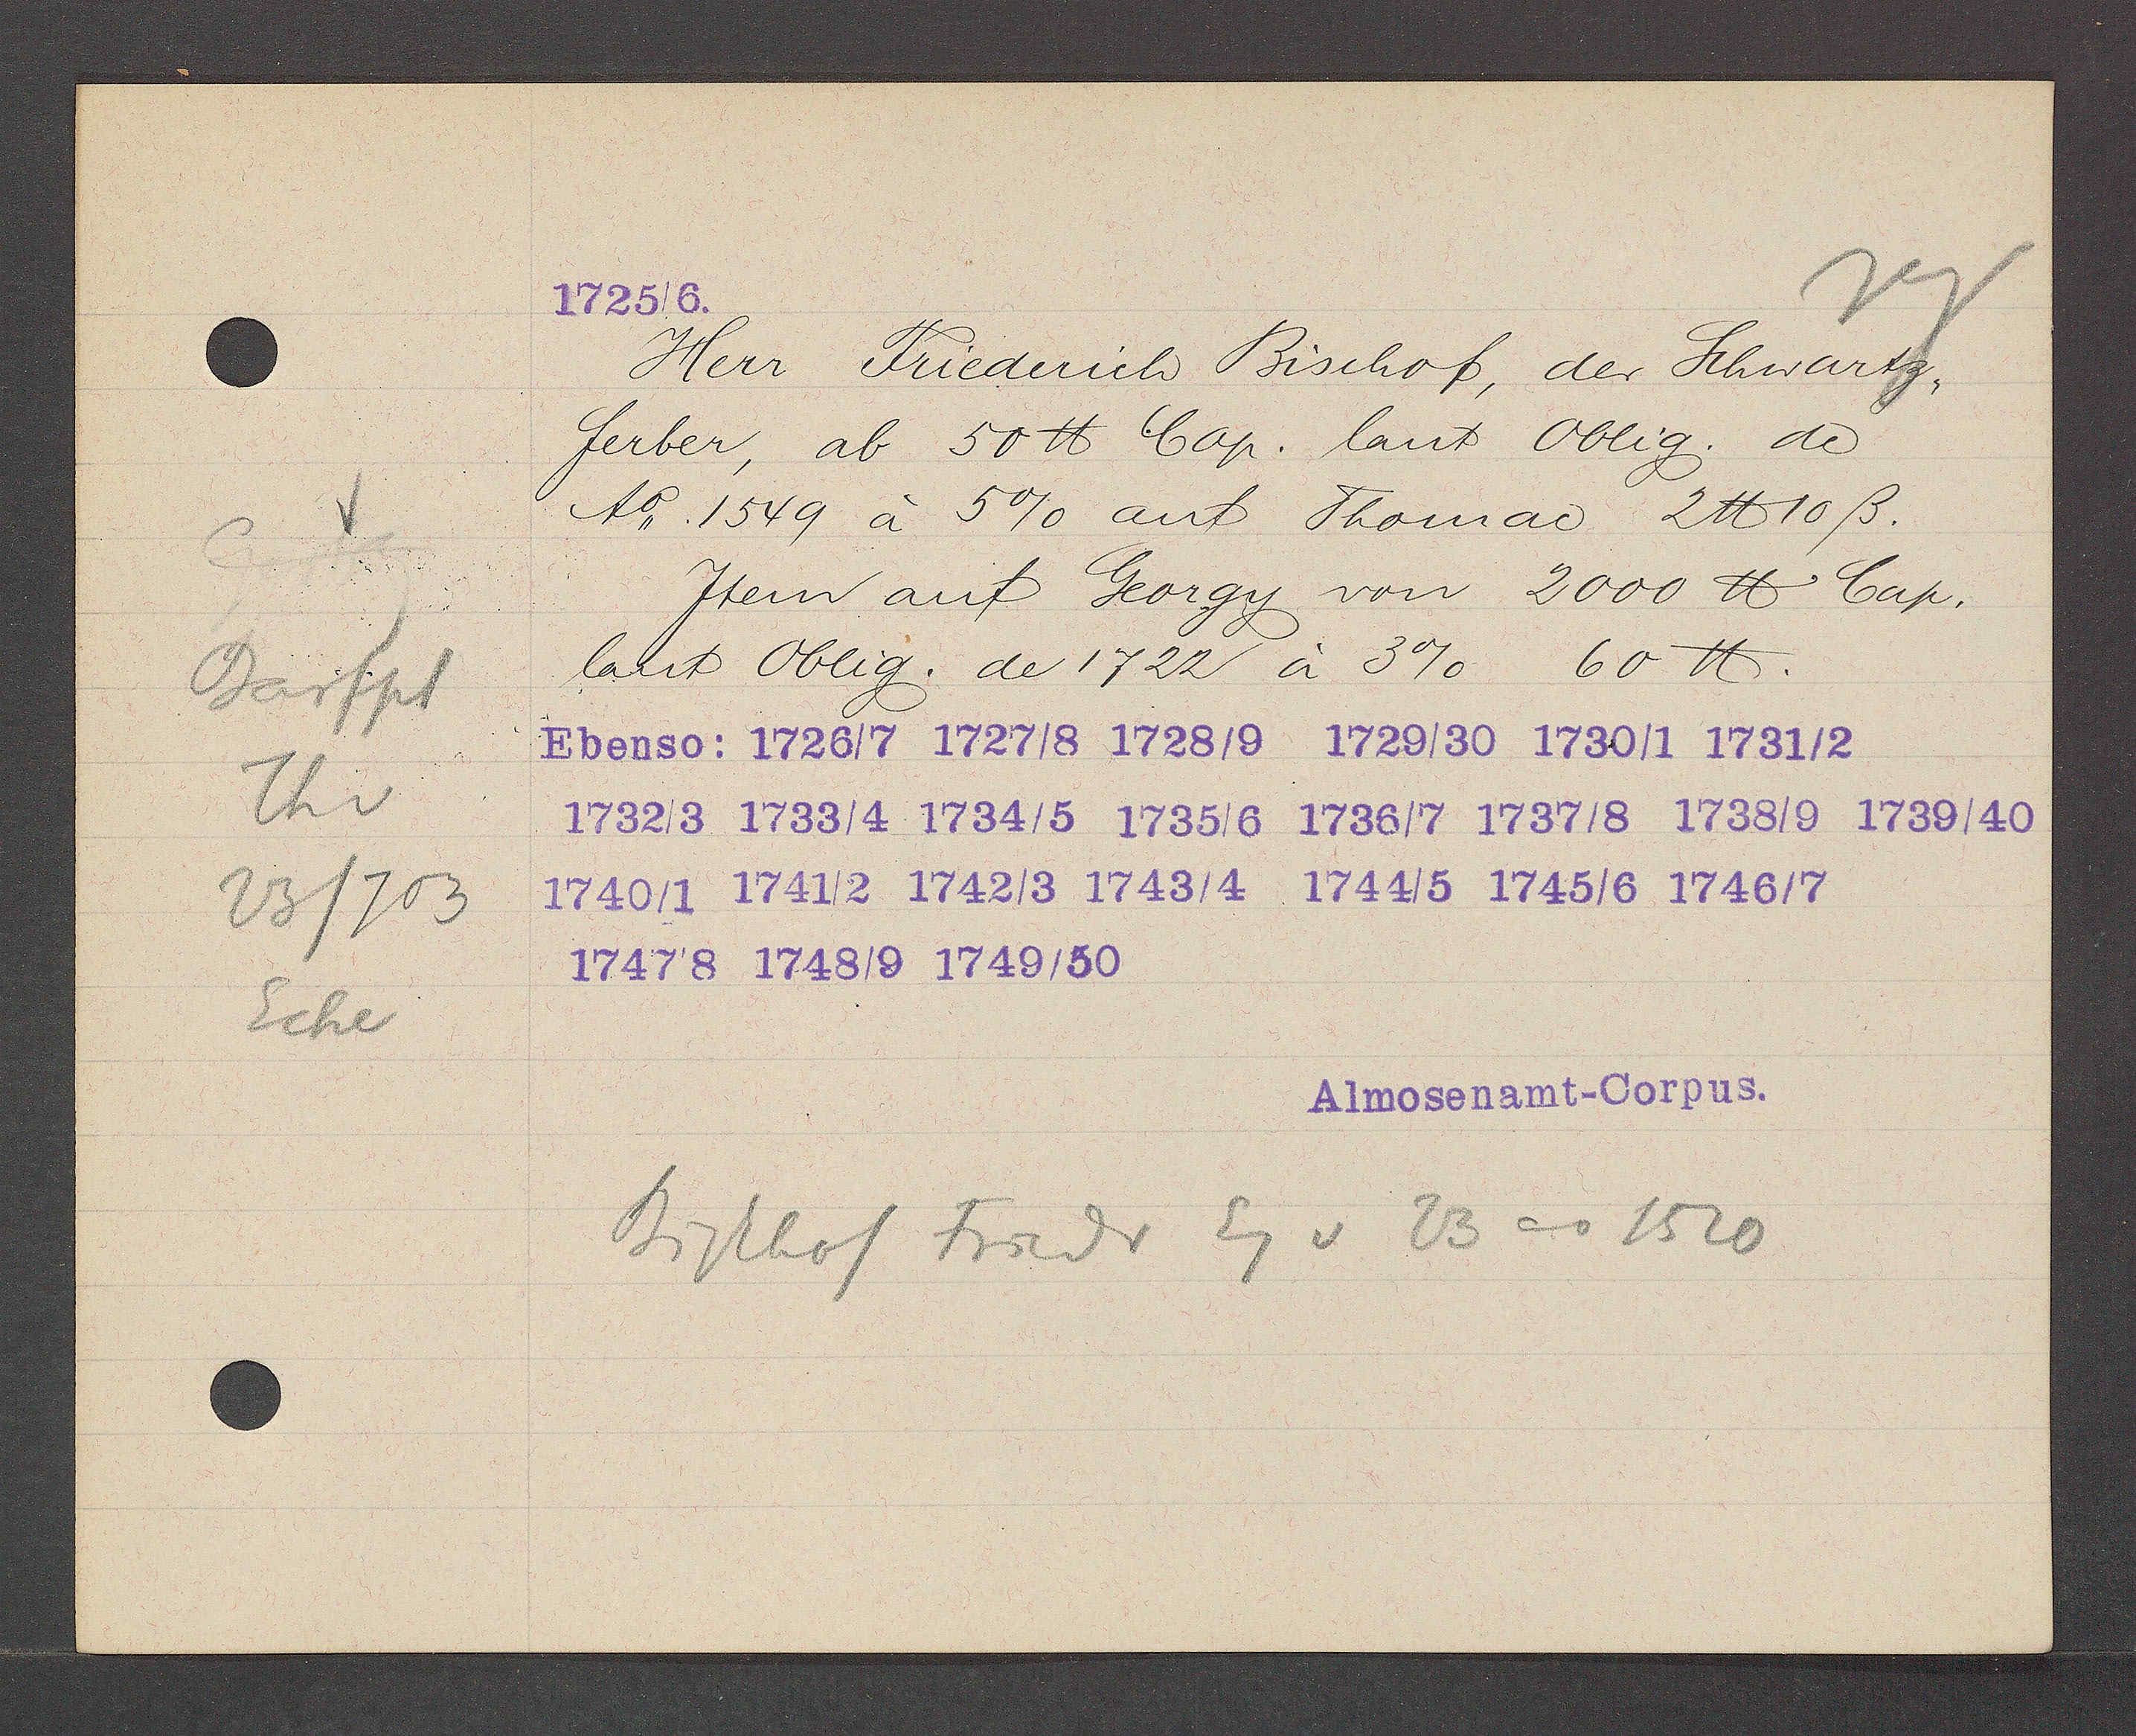
Transcript:
Barfpl
Th v
23/703
Ecke

1725/6.

Herr Friederich Bischof, der Schwartz,
ferber, ab 50 ℔ Cop. laut Oblig, de
Ao 1549 à 5% auf Thomac 2 ℔ 10 ß.
Item auf Georgy von 2000 ℔ Cap.
latit Oblig. de 1722 à 3% 60℔.
Ebenso: 1726/7 1727/8 1728/9 1729/30 1730/1 1731/2
1732/3 1733/4 1734/5 1735/6 1736/7 1737/8 1738/9 1739/40
1740/1 1741/2 1742/3 1743/4 1744/5 1745/6 1746/7
17478 1748/9 1749/50

Almosenamt-Corpus.

Eg v 23 ao 1520
Bischof Friedr